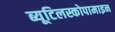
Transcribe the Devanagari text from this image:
ब्यूटिलस्कोपामाइन